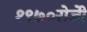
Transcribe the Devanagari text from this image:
१९७०रोजीे